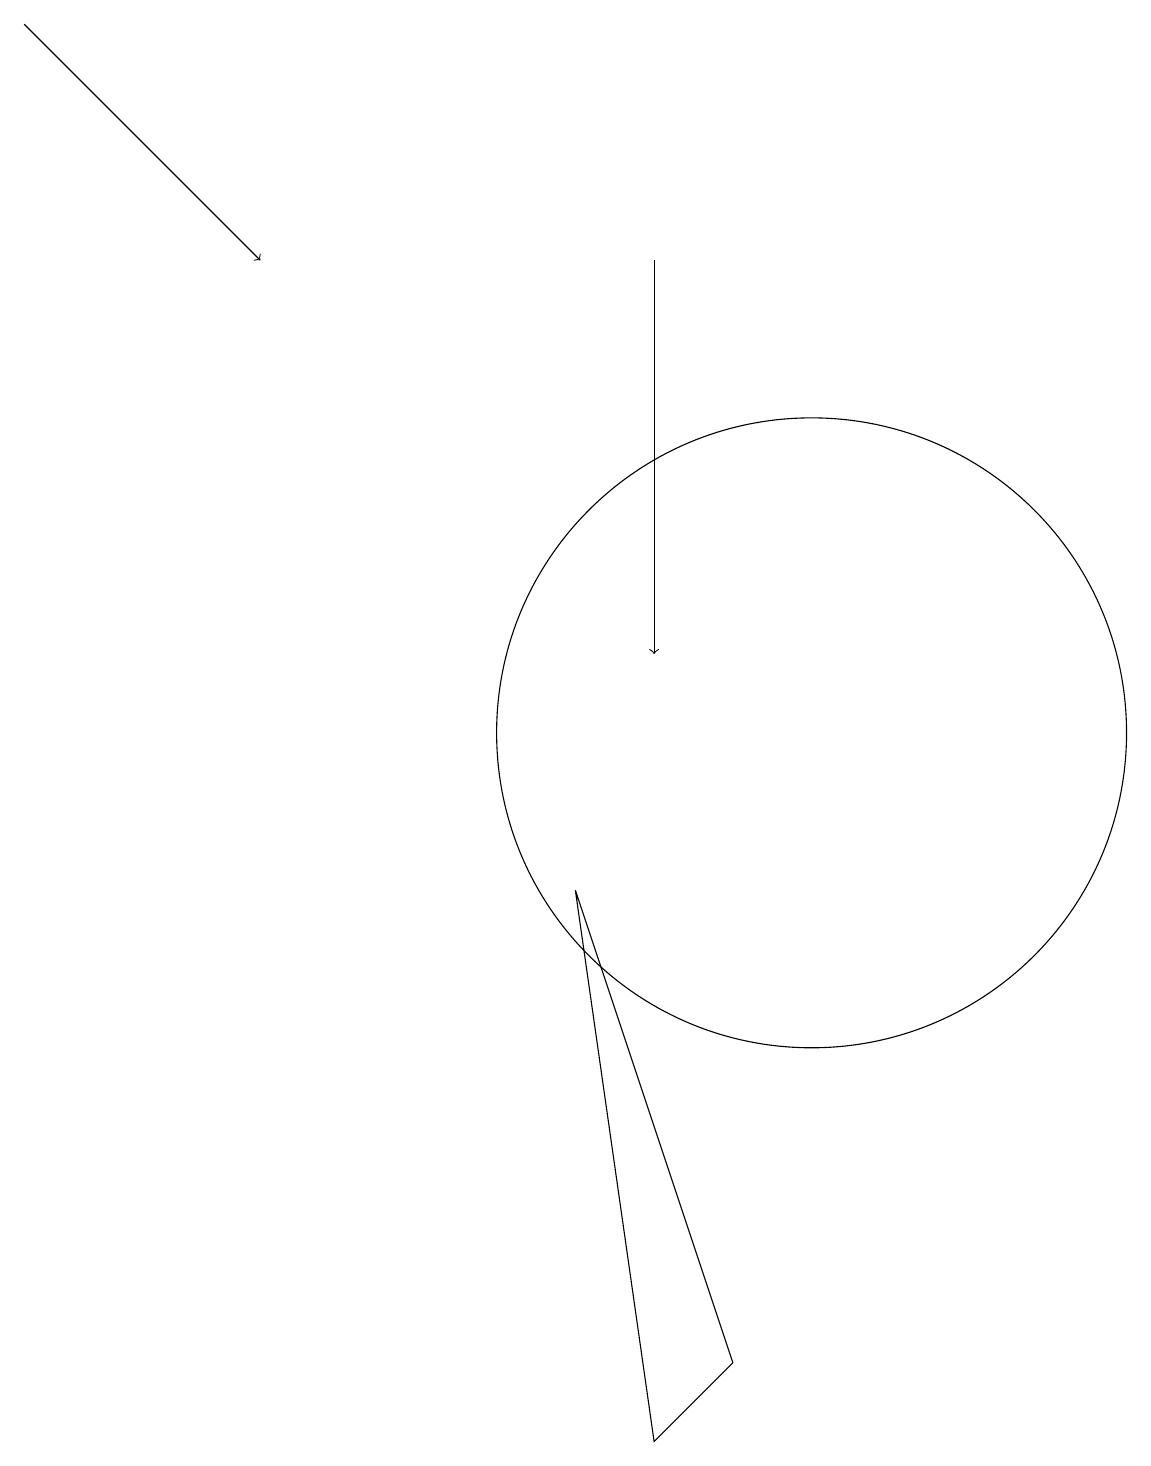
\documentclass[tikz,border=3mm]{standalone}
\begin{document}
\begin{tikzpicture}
\draw[->] (0,19) -- (3,16);
\draw (10,10) circle (4);
\draw[->] (8,16) -- (8,11);
\draw (9,2) -- (8,1) -- (7,8) -- cycle;
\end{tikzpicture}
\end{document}